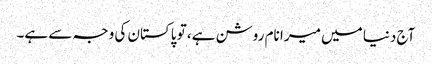
آج دنیا میں میرا نام روشن ہے، تو پاکستان کی وجہ سے ہے۔